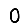
Digit: 0